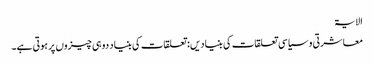
الایۃ
معاشرتی و سیاسی تعلقات کی بنیادیں: تعلقات کی بنیاد دو ہی چیزوں پر ہوتی ہے۔